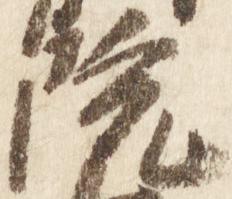
院